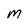
Character: m